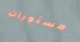
مستويات